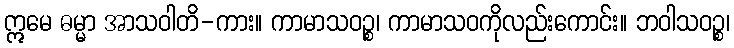
ဣမေ ဓမ္မာ အာသဝါတိ-ကား။ ကာမာသဝဉ္စ၊ ကာမာသဝကိုလည်းကောင်း။ ဘဝါသဝဉ္စ၊